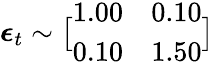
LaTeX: \displaystyle\boldsymbol{\epsilon}_{t}\sim\bigl[\begin{array}{ll}{1.00}&{0.10}\\ {0.10}&{1.50}\end{array}\bigr]